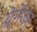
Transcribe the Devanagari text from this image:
ब्रेगेंजर